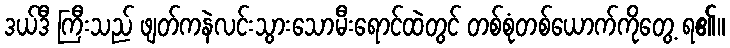
ဒယ်ဒီ ကြီးသည် ဖျတ်ကနဲလင်းသွားသောမီးရောင်ထဲတွင် တစ်စုံတစ်ယောက်ကိုတွေ့ ရ၏။